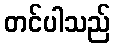
တင်ပါသည်